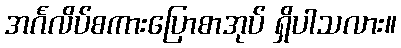
အင်္ဂလိပ်စကားပြောစာအုပ် ရှိပါသလား။